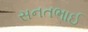
સનતભાઈ